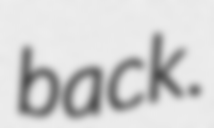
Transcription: back.